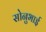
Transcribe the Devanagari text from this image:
सोनुभाई